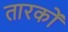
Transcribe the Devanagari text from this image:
तारकों